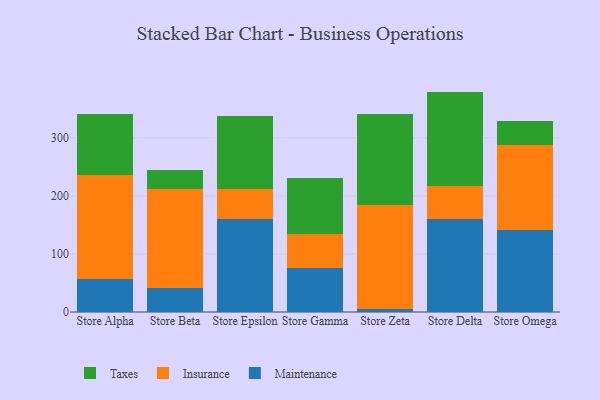
{"axis": {"x": "Store", "y": "Shipments"}, "legend": ["Insurance", "Maintenance", "Taxes"], "data": [{"x": "Store Alpha", "y": 57.3, "type": "Maintenance"}, {"x": "Store Alpha", "y": 179.3, "type": "Insurance"}, {"x": "Store Alpha", "y": 105.1, "type": "Taxes"}, {"x": "Store Beta", "y": 41.9, "type": "Maintenance"}, {"x": "Store Beta", "y": 170.4, "type": "Insurance"}, {"x": "Store Beta", "y": 33.0, "type": "Taxes"}, {"x": "Store Epsilon", "y": 159.4, "type": "Maintenance"}, {"x": "Store Epsilon", "y": 51.7, "type": "Insurance"}, {"x": "Store Epsilon", "y": 126.3, "type": "Taxes"}, {"x": "Store Gamma", "y": 75.9, "type": "Maintenance"}, {"x": "Store Gamma", "y": 58.3, "type": "Insurance"}, {"x": "Store Gamma", "y": 96.7, "type": "Taxes"}, {"x": "Store Zeta", "y": 5.4, "type": "Maintenance"}, {"x": "Store Zeta", "y": 179.5, "type": "Insurance"}, {"x": "Store Zeta", "y": 156.3, "type": "Taxes"}, {"x": "Store Delta", "y": 161.0, "type": "Maintenance"}, {"x": "Store Delta", "y": 56.7, "type": "Insurance"}, {"x": "Store Delta", "y": 161.9, "type": "Taxes"}, {"x": "Store Omega", "y": 140.7, "type": "Maintenance"}, {"x": "Store Omega", "y": 146.6, "type": "Insurance"}, {"x": "Store Omega", "y": 41.9, "type": "Taxes"}]}